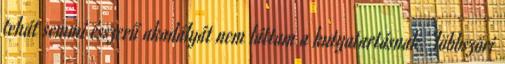
tehát semmi ésszerű akadályát nem láttam a kutyatartásnak. Többszöri